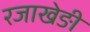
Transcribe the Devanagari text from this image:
रजाखेङी